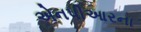
એનપીઆરના